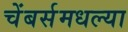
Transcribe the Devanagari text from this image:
चेंबर्समधल्या